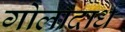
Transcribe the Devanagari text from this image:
गोलादार्ध